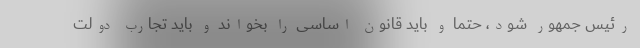
رئیس جمهور شود، حتما و باید قانون اساسی را بخواند و باید تجارب دولت